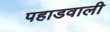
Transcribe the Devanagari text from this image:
पहाडवाली